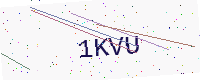
Text: 1KVU